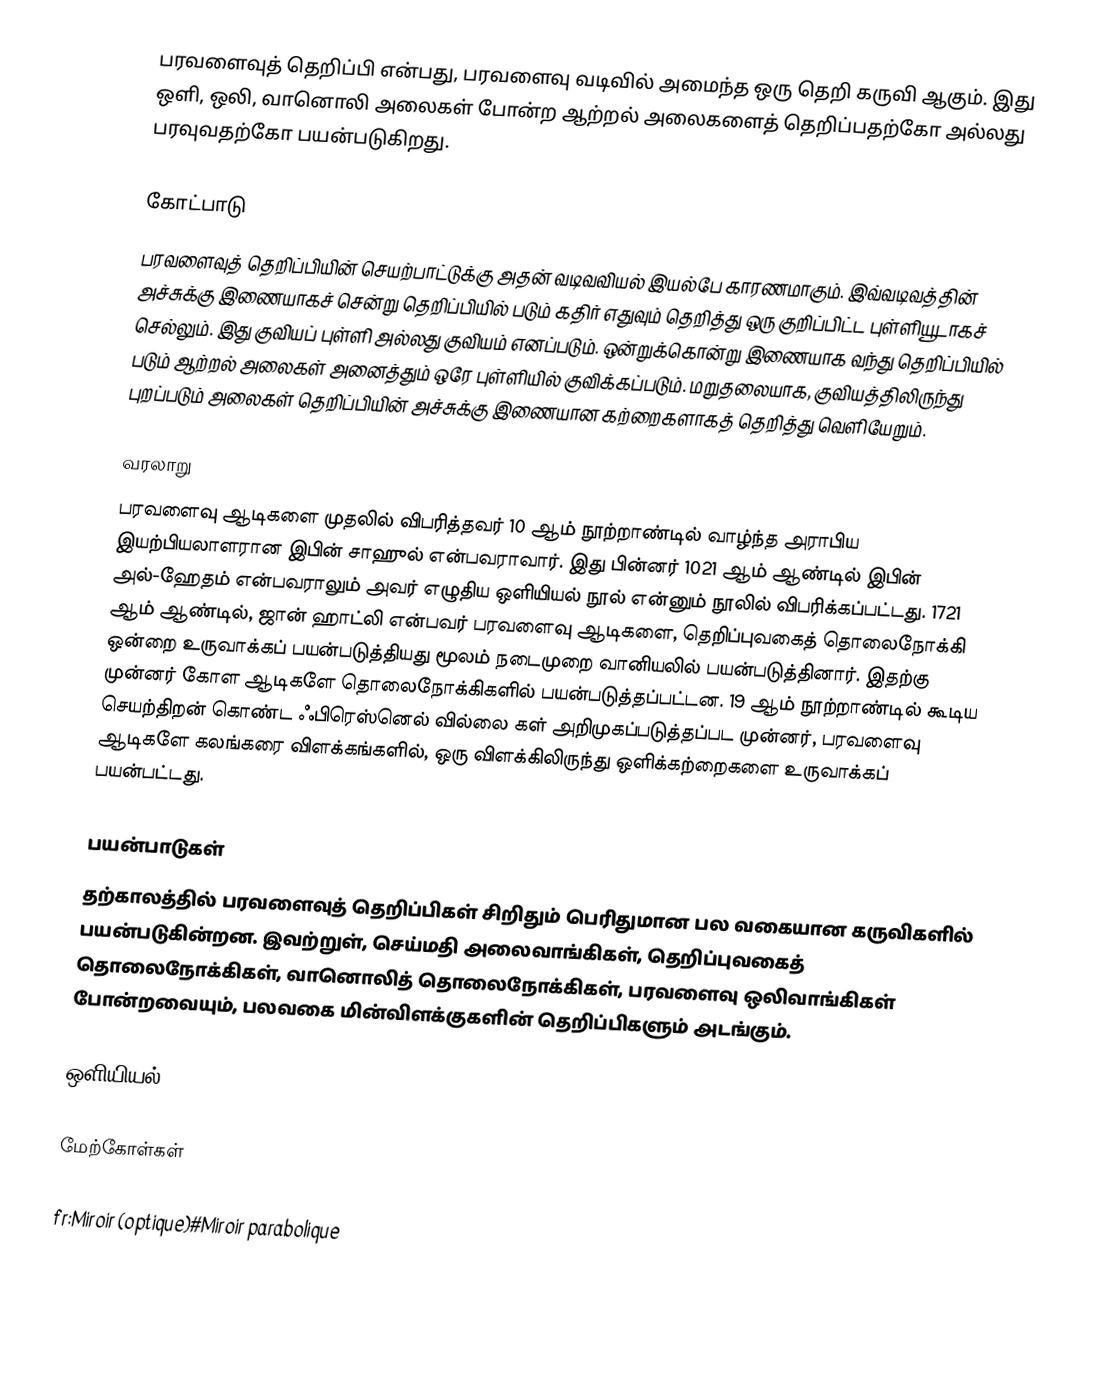
பரவளைவுத் தெறிப்பி என்பது, பரவளைவு வடிவில் அமைந்த ஒரு தெறி கருவி ஆகும். இது ஒளி, ஒலி, வானொலி அலைகள் போன்ற ஆற்றல் அலைகளைத் தெறிப்பதற்கோ அல்லது பரவுவதற்கோ பயன்படுகிறது.

கோட்பாடு
பரவளைவுத் தெறிப்பியின் செயற்பாட்டுக்கு அதன் வடிவவியல் இயல்பே காரணமாகும். இவ்வடிவத்தின் அச்சுக்கு இணையாகச் சென்று தெறிப்பியில் படும் கதிர் எதுவும் தெறித்து ஒரு குறிப்பிட்ட புள்ளியூடாகச் செல்லும். இது குவியப் புள்ளி அல்லது குவியம் எனப்படும். ஒன்றுக்கொன்று இணையாக வந்து தெறிப்பியில் படும் ஆற்றல் அலைகள் அனைத்தும் ஒரே புள்ளியில் குவிக்கப்படும். மறுதலையாக, குவியத்திலிருந்து புறப்படும் அலைகள் தெறிப்பியின் அச்சுக்கு இணையான கற்றைகளாகத் தெறித்து வெளியேறும்.

வரலாறு
பரவளைவு ஆடிகளை முதலில் விபரித்தவர் 10 ஆம் நூற்றாண்டில் வாழ்ந்த அராபிய இயற்பியலாளரான இபின் சாஹுல் என்பவராவார். இது பின்னர் 1021 ஆம் ஆண்டில் இபின் அல்-ஹேதம் என்பவராலும் அவர் எழுதிய ஒளியியல் நூல் என்னும் நூலில் விபரிக்கப்பட்டது. 1721 ஆம் ஆண்டில், ஜான் ஹாட்லி என்பவர் பரவளைவு ஆடிகளை, தெறிப்புவகைத் தொலைநோக்கி ஒன்றை உருவாக்கப் பயன்படுத்தியது மூலம் நடைமுறை வானியலில் பயன்படுத்தினார். இதற்கு முன்னர் கோள ஆடிகளே தொலைநோக்கிகளில் பயன்படுத்தப்பட்டன. 19 ஆம் நூற்றாண்டில் கூடிய செயற்திறன் கொண்ட ஃபிரெஸ்னெல் வில்லை கள் அறிமுகப்படுத்தப்பட முன்னர், பரவளைவு ஆடிகளே கலங்கரை விளக்கங்களில், ஒரு விளக்கிலிருந்து ஒளிக்கற்றைகளை உருவாக்கப் பயன்பட்டது.

பயன்பாடுகள்
தற்காலத்தில் பரவளைவுத் தெறிப்பிகள் சிறிதும் பெரிதுமான பல வகையான கருவிகளில் பயன்படுகின்றன. இவற்றுள், செய்மதி அலைவாங்கிகள், தெறிப்புவகைத் தொலைநோக்கிகள், வானொலித் தொலைநோக்கிகள், பரவளைவு ஒலிவாங்கிகள் போன்றவையும், பலவகை மின்விளக்குகளின் தெறிப்பிகளும் அடங்கும்.

ஒளியியல்

மேற்கோள்கள்

fr:Miroir (optique)#Miroir parabolique